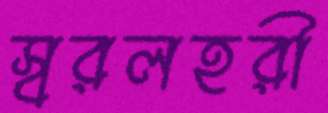
স্বরলহরী